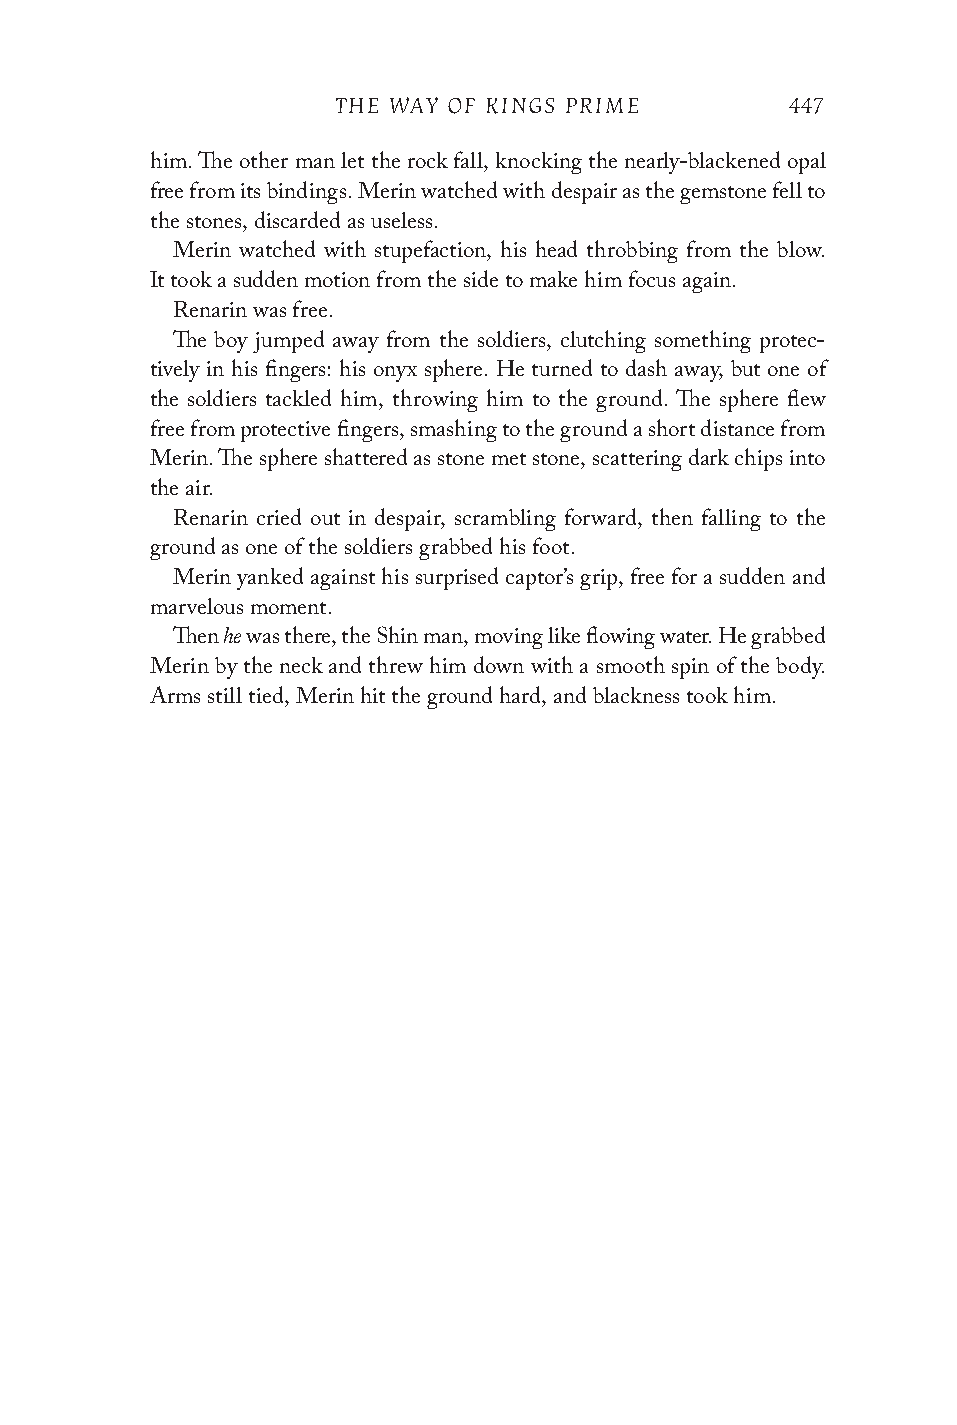
THE WAY OF KINGS PRIME        447
 him. The other man let the rock fall, knocking the nearly-blackened opal
 free from its bindings. Merin watched with despair as the gemstone fell to
 the stones, discarded as useless.
 Merin watched with stupefaction, his head throbbing from the blow.
 It took a sudden motion from the side to make him focus again.
 Renarin was free.
 The boy jumped away from the soldiers, clutching something protec-
 tively in his fingers: his onyx sphere. He turned to dash away, but one of
 the soldiers tackled him, throwing him to the ground. The sphere flew
 free from protective fingers, smashing to the ground a short distance from
 Merin. The sphere shattered as stone met stone, scattering dark chips into
 the air.
 Renarin cried out in despair, scrambling forward, then falling to the
 ground as one of the soldiers grabbed his foot.
 Merin yanked against his surprised captor’s grip, free for a sudden and
 marvelous moment.
 he
 Then was there, the Shin man, moving like flowing water. He grabbed
 Merin by the neck and threw him down with a smooth spin of the body.
 Arms still tied, Merin hit the ground hard, and blackness took him.